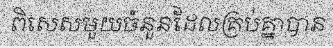
ពិសេសមួយចំនួនដែលគ្រប់គ្នាបាន